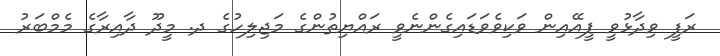
ރަފީ ވިދާޅުވީ ޕީއޭއިން ވަކިވެވަޑައިގެންނެވީ ރައްޔިތުންގެ މަޖިލިހުގެ ދ. މީދޫ ދާއިރާގެ މެމްބަރު